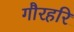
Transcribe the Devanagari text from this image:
गौरहरि